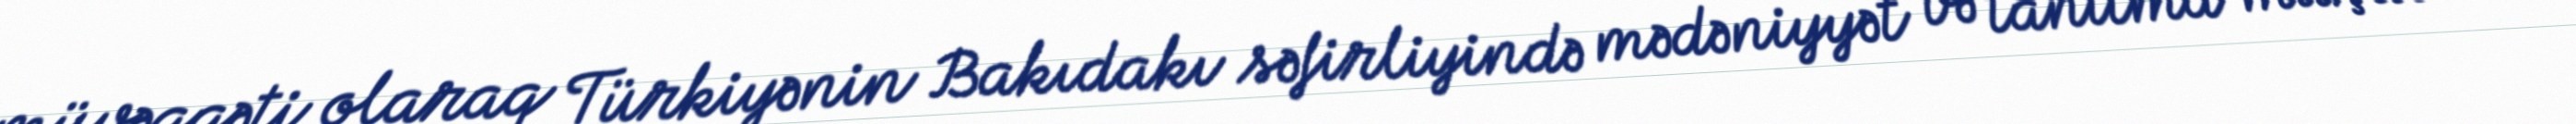
müvəqqəti olaraq Türkiyənin Bakıdakı səfirliyində mədəniyyət və tanıtma müşaviri